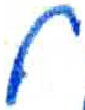
אות: ל